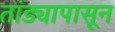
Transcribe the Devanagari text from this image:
तांड्यापासून